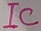
Text: IC